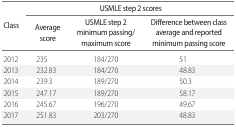
| <ROWSPAN=2> Class | <COLSPAN=3> USMLE step 2 scores |
 | Average score | USMLE step 2 minimum passing/maximum score | Difference between class average and reported minimum passing score |
 | --- | --- | --- | --- |
 | 2012 | 235 | 184/270 | 51 |
 | 2013 | 232.83 | 184/270 | 48.83 |
 | 2014 | 239.3 | 189/270 | 50.3 |
 | 2015 | 247.17 | 189/270 | 58.17 |
 | 2016 | 245.67 | 196/270 | 49.67 |
 | 2017 | 251.83 | 203/270 | 48.83 |